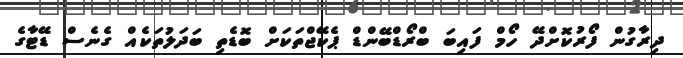
ދިރާގުން ފޯރުކޮށްދޭ ހޯމް ފައިބަ ބްރޯޑްބޭންޑް ޕެކޭޖްތަކަށް ބޮޑެތި ބަދަލުތަކެއް ގެނެސް ޑޭޓާގެ